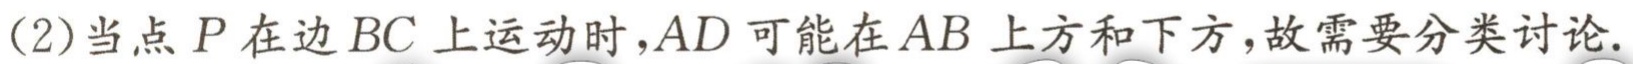
(2)当点\(P\)在边\(BC\)上运动时，\(AD\)可能在\(AB\)上方和下方，故需要分类讨论.